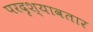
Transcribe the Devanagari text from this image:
परदृश्यावतार